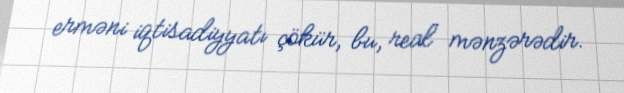
erməni iqtisadiyyatı çökür, bu, real mənzərədir.